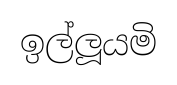
ඉල්ලූයමි